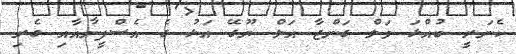
ކެނަރީ ބުއްޅަ ވަލް ގަންޖާ އަލް ޔޫގޭ އަޅު ގެ އެސްފީނާއާއި ގެރި